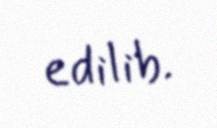
edilib.